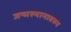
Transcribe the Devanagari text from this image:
जन्मस्थानावरुन